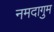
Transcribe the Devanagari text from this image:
नमदागुम